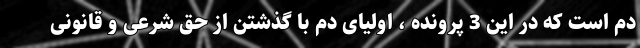
دم است که در این 3 پرونده ، اولیای دم با گذشتن از حق شرعی و قانونی